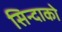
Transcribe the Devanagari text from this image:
सिन्दाको